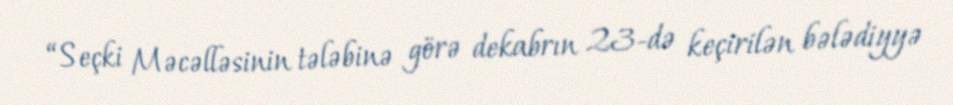
“Seçki Məcəlləsinin tələbinə görə dekabrın 23-də keçirilən bələdiyyə